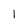
Character: 1